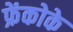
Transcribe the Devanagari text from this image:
फ्रेंकोके